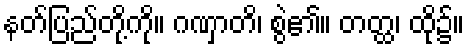
နတ်ပြည်တို့ကို။ ဂဏှာတိ၊ စွဲ၏။ တတ္ထ၊ ထို၌။